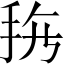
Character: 𱟲